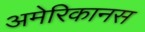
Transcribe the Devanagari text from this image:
अमेरिकानस